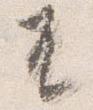
兀